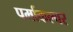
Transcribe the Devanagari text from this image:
पर्माकल्चर